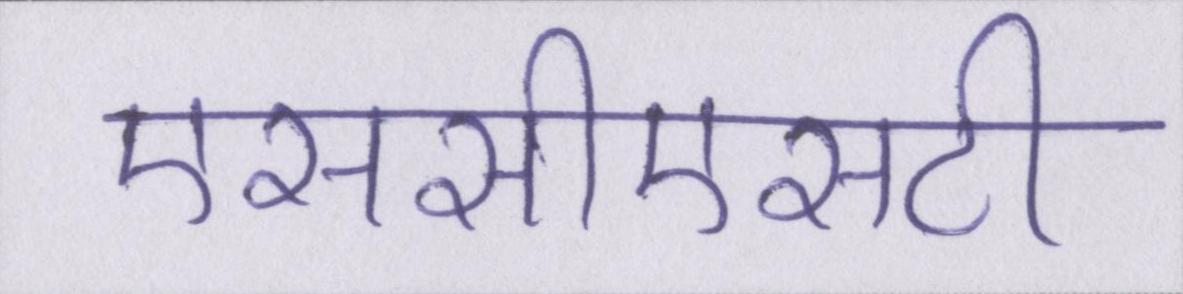
एससीएसटी